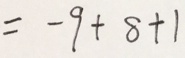
= - 9 + 8 + 1